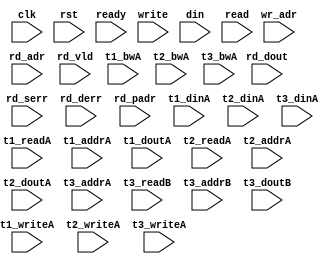
/*
 * Copyright (C) 2011 Memoir Systems Inc. These coded instructions, statements, and computer programs are
 * Confidential Proprietary Information of Memoir Systems Inc. and may not be disclosed to third parties
 * or copied in any form, in whole or in part, without the prior written consent of Memoir Systems Inc.
 * */

module algo_1r2wg_a165_sva_wrap
#(parameter IP_WIDTH = 32, parameter IP_BITWIDTH = 5, parameter IP_DECCBITS = 7, parameter IP_NUMADDR = 8192, parameter IP_BITADDR = 13, 
parameter IP_NUMVBNK = 8,	parameter IP_BITVBNK = 3, parameter IP_BITPBNK = 4,
parameter IP_ENAECC = 0, parameter IP_ENAPAR = 0, parameter IP_SECCBITS = 7, parameter IP_SECCDWIDTH = 36, 
parameter FLOPECC = 0, parameter FLOPIN = 0, parameter FLOPOUT = 0, parameter FLOPCMD = 0, parameter FLOPMEM = 0,

parameter T1_WIDTH = 32, parameter T1_NUMVBNK = 8, parameter T1_BITVBNK = 3, parameter T1_DELAY = 2, parameter T1_NUMVROW = 1024, parameter T1_BITVROW = 10, 
parameter T1_BITWSPF = 0, parameter T1_NUMWRDS = 1, parameter T1_BITWRDS = 0, parameter T1_NUMSROW = 1024, parameter T1_BITSROW = 10, parameter T1_PHYWDTH = 32,

parameter T2_WIDTH = 32, parameter T2_NUMVBNK = 2, parameter T2_BITVBNK = 1, parameter T2_DELAY = 2, parameter T2_NUMVROW = 1024, parameter T2_BITVROW = 10, 
parameter T2_BITWSPF = 0, parameter T2_NUMWRDS = 1, parameter T2_BITWRDS = 0, parameter T2_NUMSROW = 1024, parameter T2_BITSROW = 10, parameter T2_PHYWDTH = 32,

parameter T3_WIDTH = 42, parameter T3_NUMVBNK = 8, parameter T3_BITVBNK = 3, parameter T3_DELAY = 1, parameter T3_NUMVROW = 1024, parameter T3_BITVROW = 10,
parameter T3_BITWSPF = 0, parameter T3_NUMWRDS = 1, parameter T3_BITWRDS = 0, parameter T3_NUMSROW = 1024, parameter T3_BITSROW = 10, parameter T3_PHYWDTH = 42)
( clk, 		rst, 		ready,	
write, 		wr_adr, 	din,
read, 		rd_adr, 	rd_dout, 	rd_vld, 	rd_serr, 	rd_derr, 	rd_padr,

t1_readA, t1_writeA, t1_addrA, t1_dinA, t1_bwA, t1_doutA,
t2_readA, t2_writeA, t2_addrA, t2_dinA, t2_bwA, t2_doutA,
t3_writeA, t3_addrA, t3_dinA, t3_bwA, 
t3_readB, t3_addrB, t3_doutB);

  parameter NUMWRPT = 2;
  
  parameter T1_INST = T1_NUMVBNK;
  parameter T2_INST = T2_NUMVBNK;
  parameter T3_INST = T3_NUMVBNK;
  
  parameter WIDTH = IP_WIDTH;
  parameter BITWDTH = IP_BITWIDTH;
  parameter NUMADDR = IP_NUMADDR;
  parameter BITADDR = IP_BITADDR;
  
  parameter NUMVROW = T1_NUMVROW;  // ALGO1 Parameters
  parameter BITVROW = T1_BITVROW;
  parameter NUMVBNK = T1_NUMVBNK;
  parameter BITVBNK = T1_BITVBNK;
  parameter NUMPBNK = T1_NUMVBNK + 2;
  parameter BITPBNK = IP_BITPBNK;
  
  parameter NUMWRDS = T1_NUMWRDS;     // ALIGN Parameters
  parameter BITWRDS = T1_BITWRDS;
  parameter NUMSROW = T1_NUMSROW;
  parameter BITSROW = T1_BITSROW;
  
  parameter PARITY = 0;       // PARITY Parameters
  parameter ECCBITS = IP_SECCBITS;
  parameter SRAM_DELAY = T3_DELAY;
  parameter DRAM_DELAY = T1_DELAY;
  
  parameter MEMWDTH = WIDTH+PARITY;
  parameter PHYWDTH = NUMWRDS*MEMWDTH;
  parameter BITPADR = BITPBNK+BITSROW+BITWRDS+1;

  parameter BITMAPT = BITPBNK*(NUMPBNK-1);
  parameter SDOUT_WIDTH = BITMAPT+ECCBITS;
  
input clk; input rst;
input ready; 

input  [NUMWRPT-1:0]		write; 
input  [NUMWRPT*BITADDR-1:0] 	wr_adr; 
input  [NUMWRPT*WIDTH-1:0]	din;

input   			read; 
input  [BITADDR - 1:0]    	rd_adr; 
input [WIDTH - 1:0] 		rd_dout; 
input  			rd_vld; 
input  			rd_serr; 
input  			rd_derr; 
input [BITPADR - 1:0] 		rd_padr;

input [T1_INST - 1:0] 		t1_readA; 
input [T1_INST- 1:0] 		t1_writeA; 
input [T1_INST*BITSROW - 1:0] 	t1_addrA; 
input [T1_INST*PHYWDTH - 1:0] 	t1_dinA;
input [T1_INST*PHYWDTH - 1:0] 	t1_bwA; 
input  [T1_INST*PHYWDTH - 1:0] 	t1_doutA;

input [T2_INST - 1:0]		 t2_readA; 
input [T2_INST - 1:0]		 t2_writeA; 
input [T2_INST*BITSROW - 1:0]	 t2_addrA; 
input [T2_INST*PHYWDTH - 1:0]	 t2_dinA; 
input [T2_INST*PHYWDTH - 1:0]	 t2_bwA; 
input  [T2_INST*PHYWDTH - 1:0]	 t2_doutA;

input [T3_INST - 1:0] t3_writeA; 
input [T3_INST*BITVROW - 1:0] t3_addrA; 
input [T3_INST*SDOUT_WIDTH - 1:0] t3_dinA; 
input [T3_INST*SDOUT_WIDTH - 1:0] t3_bwA;

input [T3_INST - 1:0] t3_readB; 
input [T3_INST*BITVROW - 1:0] t3_addrB; 
input  [T3_INST*SDOUT_WIDTH - 1:0] t3_doutB;

endmodule